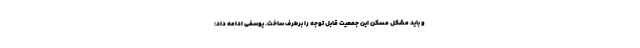
و باید مشکل مسکن این جمعیت قابل توجه را برطرف ساخت. یوسفی ادامه داد: